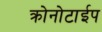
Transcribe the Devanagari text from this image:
क्रोनोटाईप